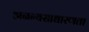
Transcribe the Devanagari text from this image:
अनन्यसाधारणता